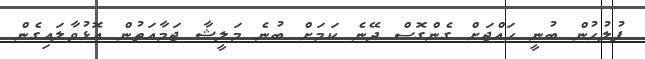
ފުލުހުން ބުނީ ހައްޖަށް ގެންގޮސް ދޭނެ ކަމަށް ބުނެ މަލީޝާ ޖަމާއަތުން އޮޅުވާލައިގެން